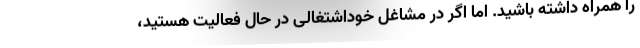
را همراه داشته باشید. اما اگر در مشاغل خوداشتغالی در حال فعالیت هستید،